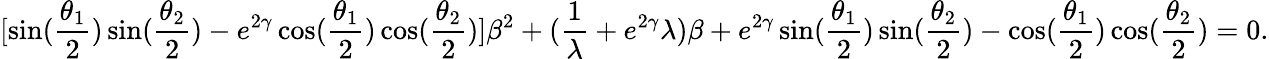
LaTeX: [\sin(\frac{\theta_{1}}{2})\sin(\frac{\theta_{2}}{2})-e^{2\gamma}\cos(\frac{\theta_{1}}{2})\cos(\frac{\theta_{2}}{2})]\beta^{2}+(\frac{1}{\lambda}+e^{2\gamma}\lambda)\beta+e^{2\gamma}\sin(\frac{\theta_{1}}{2})\sin(\frac{\theta_{2}}{2})-\cos(\frac{\theta_{1}}{2})\cos(\frac{\theta_{2}}{2})=0.